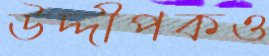
উদ্দীপকও